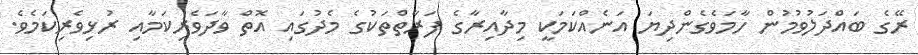
ރޭގެ ބައްދަލުވުމުން ހާމަވެގެންދިޔަ އަނެއްކަމަކީ މިދާއިރާގެ ފަރާތްތަކުގެ މެދުގައި އޮތް ވާދަވެރިކަމާއި ރުޅިވެރިކަމެވެ.